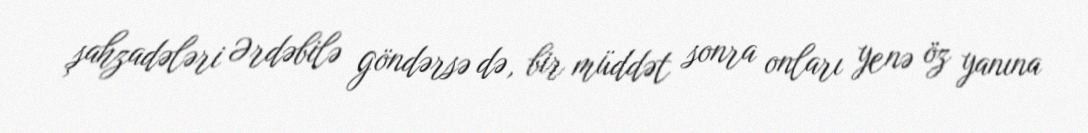
şahzadələri Ərdəbilə göndərsə də, bir müddət sonra onları yenə öz yanına